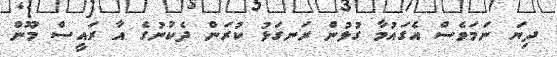
ދިޔަ ނަމަވެސް އެގައުމާ ގުޅުން ރަނގަޅު ކުރަން ދެކުނުގެ އާ ރައީސް މޫން